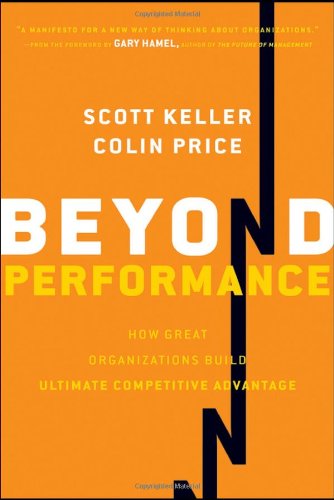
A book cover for Beyond Performance: How Great Organizations Build Ultimate Competitive Advantage; Scott Keller; Business & Money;